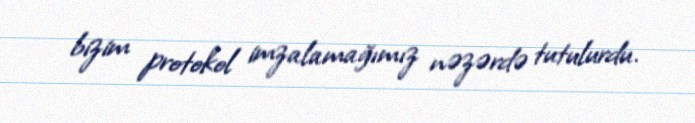
bizim protokol imzalamağımız nəzərdə tutulurdu.